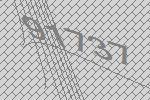
91737